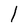
Character: I